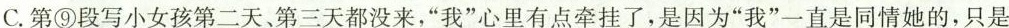
C.第⑨段写小女孩第二天、第三天都没来，”我”心里有点牵挂了，是因为”我”一直是同情她的，只是